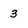
Character: 3